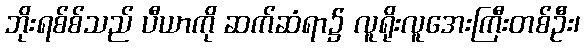
ဘိုးရစ်စ်သည် ပီယာကို ဆက်ဆံရာ၌ လူရိုးလူအေးကြီးတစ်ဦး၊